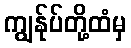
ကျွန်ုပ်တို့ထံမှ